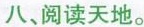
八、阅读天地。